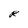
Character: R